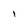
Character: 1